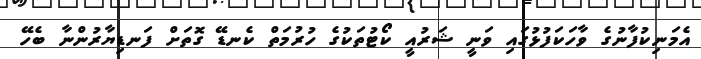
އެމަނިކުފާނުގެ ވާހަކަފުޅުގައި ވަނީ ޝަރުއީ ކޯޓުތަކުގެ ހުރުމަތް ކެނޑޭ ގޮތަށް ފަނޑިޔާރުންނާ ބެހޭ